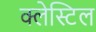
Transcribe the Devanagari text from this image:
क्लेस्टिल